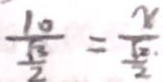
\frac { 1 0 } { \frac { \sqrt { 3 } } { 2 } } = \frac { x } { \frac { \sqrt { 2 } . } { 2 } }